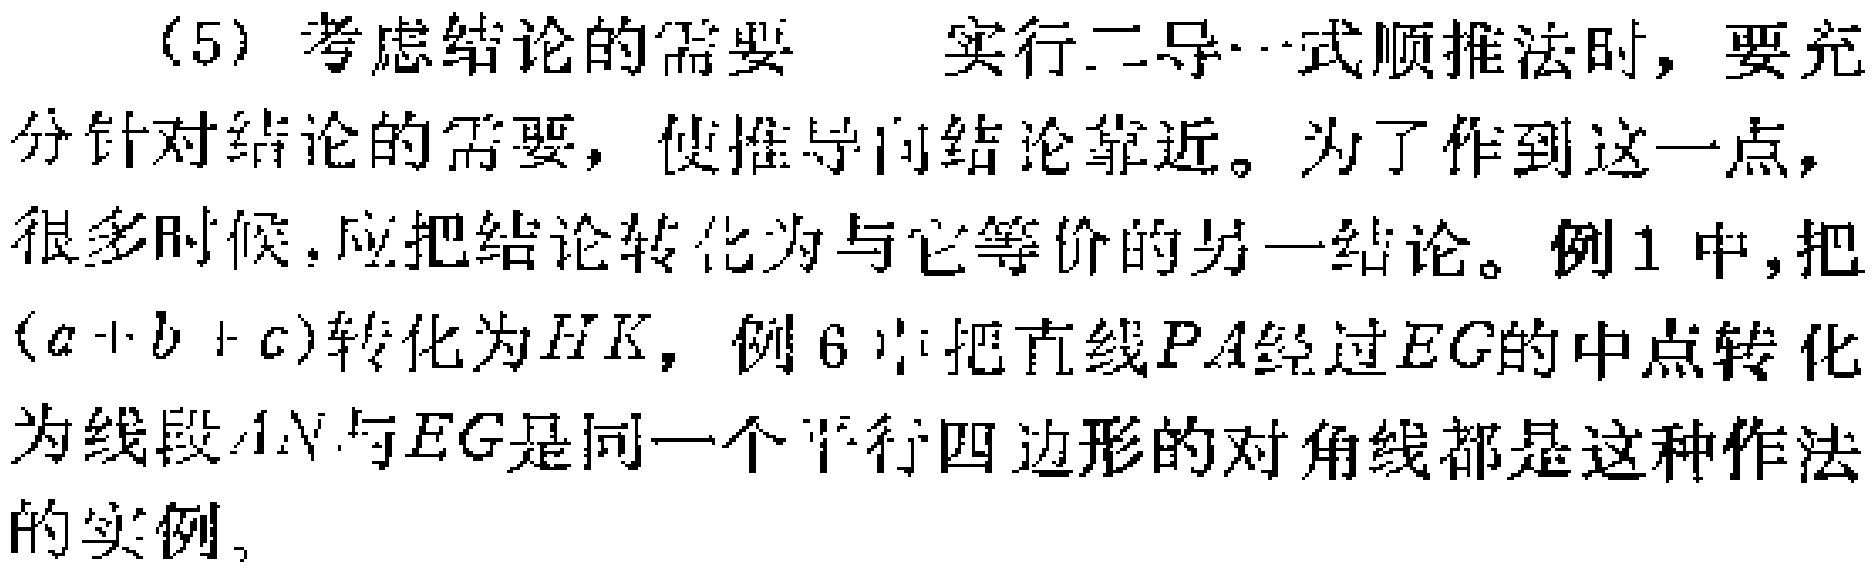
(5) 考虑结论的需要 实行二导…式顺推法时，要充分针对结论的需要，使推导向结论靠近。为了作到这一点，很多时候，应把结论转化为与它等价的另一结论。例1中，把$(a + b + c)$转化为$HK$，例6中把直线$PA$经过$EG$的中点转化为线段$AN$与$EG$是同一个平行四边形的对角线都是这种作法的实例。